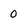
Character: 0